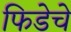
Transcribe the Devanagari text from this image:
फिडेचे